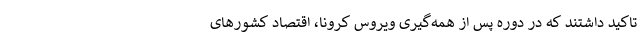
تاکید داشتند که در دوره پس از همه‌گیری ویروس کرونا، اقتصاد کشور‌های